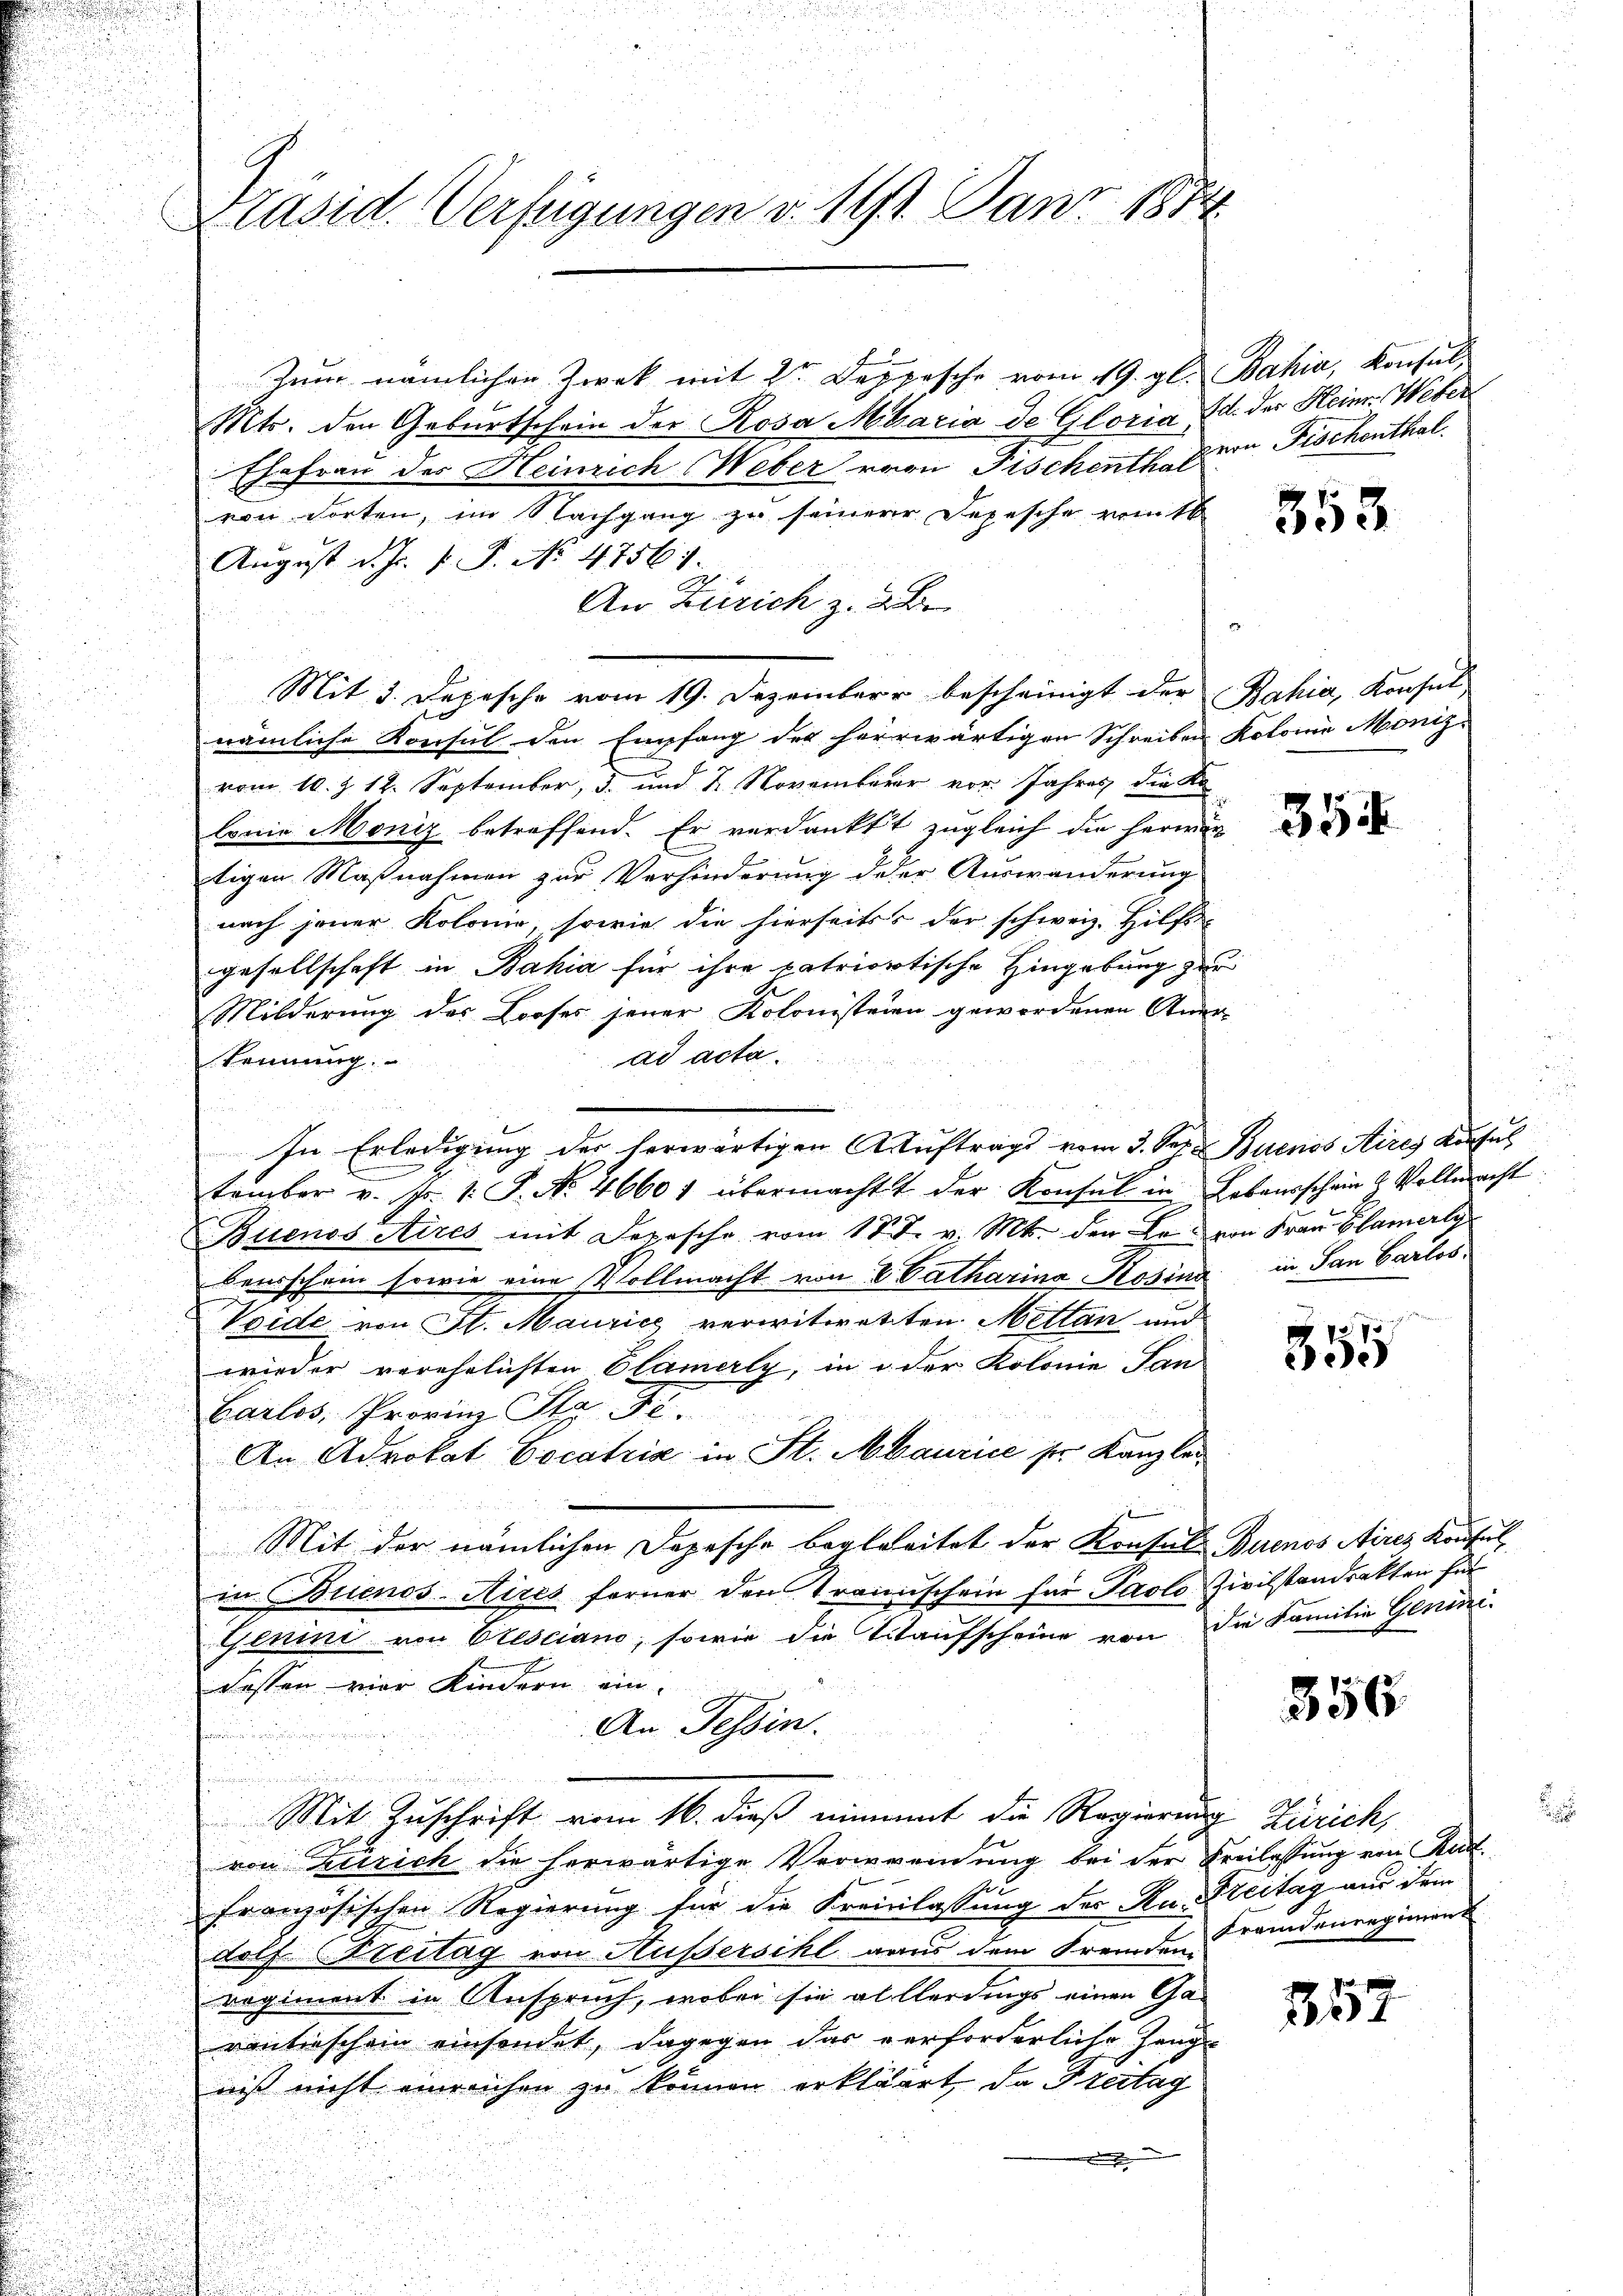
Zum nämlichen Zwek mit 2 Depesche vom 19. gl.
Mts. den Geburtschein der Rosa Maria de Gloria,
Ehefrau des Heinrich Weber von Fischenth. Er in Fischenthal
von dorten, im Nachgang zu seinere Depesche romt
August d. Js. v. J. No. 4756.
An Zürich z. B.
Mit 3. Depesche vom 19. Dezember bescheinigt der Bahia, Konsul
nämliche Konsul den Empfang des herrwärtigen Schreiben Kolonia Moniz
vom 10. Z. 12. September, 3. und 2. November vor. Jahres die Ko
lonie Moniz betreffend. Er verdankt zugleich die herwe
tigen Maßnahmen zur Verhinderung der Auswanderung
nach jener Kolonie, sowie die hierseits der schweiz. Hilfs
gesellschaft in Bahia für ihre patriortische Hingebung zu
Milderung der Looses jener Kolonisteien gewordenen An-
ad acta.
kennung.

In Erledigung der herwärtigen Auftrags vom 3. Sep. Buenos Aires Konsul

tember v. Fr. 1. J. No. 4660 f übermacht der Konsul in Lebensschein 2 Vollmacht

.
Buenos Aires mit Depesche vom 18. d. v. Mts. den L. von Frau Blamerly
beisschein sowie eine Vollmacht von V Catharina Rosina in San Carlos
Voide von St. Maurice verwitwetten Mettan und
wieder verehelichten Clamerly, in d. der Kolonie Tan
Carlos, Provinz Sta
u
An Advokat Cocatria in St. Maurice sr. Kanzlei
u
e

Mit der nämlichen Depesche begleitet der Konfal

n
in Brienos-Aires ferner den Traunschein für Paolo
Genini von Olesciano, sowie die Taufscheine von
dessen vier Kindern ein¬
An Tessin.
e   in der
Mit Zuschrift vom 16. dieß einamt die Regierung Zürich,
von Zürich die herwärtige Verwendung bei der Freilassung von Rud.
französischen Regierung für die Freinlassung der Ku. Freitag aus dem
dolf Breitag von Außersihl aus dem Fremden Fremdenregiment
regiment in Anspruch, wobei sie allerdings einen Ga-
rantieschein einsendet, dagegen das verforderliche Heng-
niß nicht einreichen zu können erkläret, da Steitag

u

Präsid. Verfügungen v. 11/2. Janz 1874

Bahia, Konsuls
Id: der Heinr. Weber

5

.
4

353

354

2
350

Buenos Aires Konsul
Zivilstandsakten für
die Familie Genini

356

357